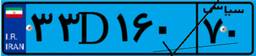
۳۳D۱۶۰۷۰